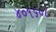
૪૦૧૬૦૮